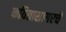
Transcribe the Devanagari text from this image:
कवितासागरचे